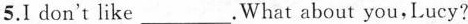
5.I don't like___ .What about you,Lucy?